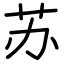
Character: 苏